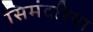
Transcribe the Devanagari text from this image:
सिमंदरिया